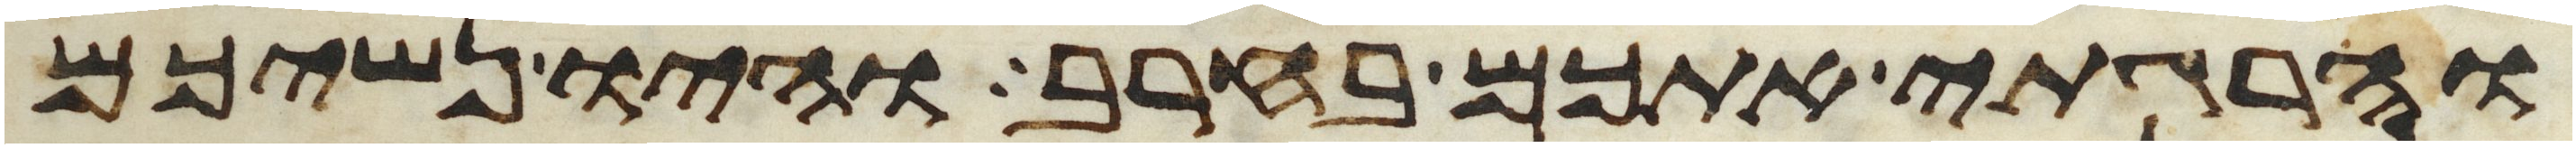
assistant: והרגתי אתכם בחרב והיו נשיכם